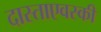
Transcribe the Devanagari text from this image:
दास्ताएवस्की